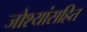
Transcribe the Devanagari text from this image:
जोश्यांसहित